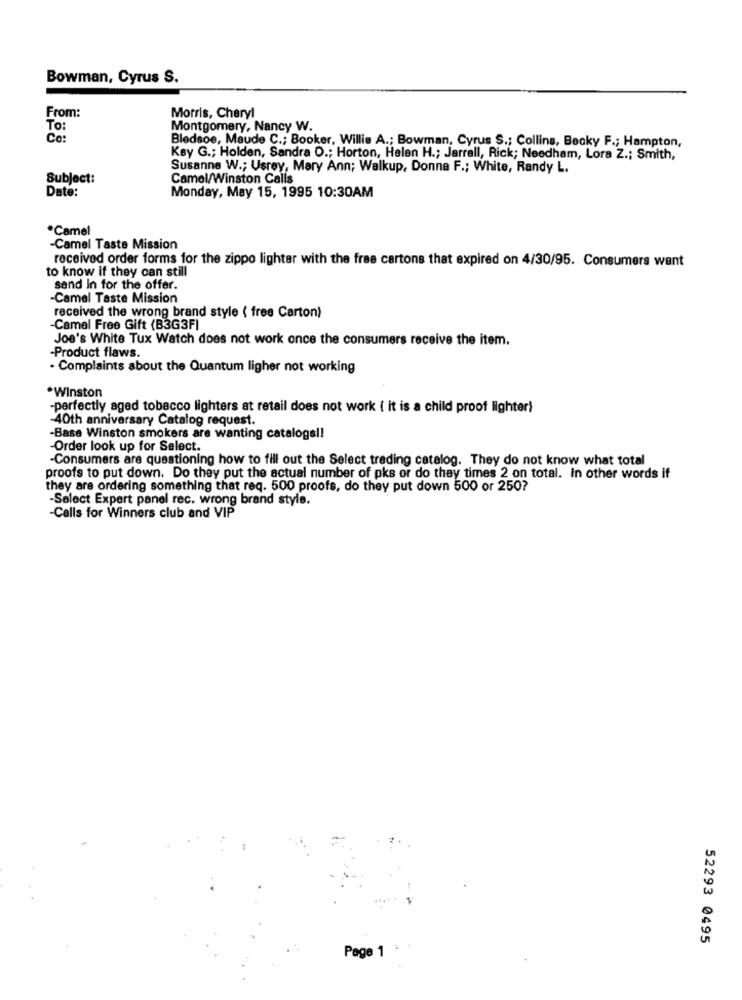
Bowman, Cyrus S.
From:
Morris, Cheryl
To:
Montgomery, Nancy W.
Co:
Bledsoe, Maude C .; Booker, Willie A .; Bowman, Cyrus S .; Collins, Becky F .; Hampton,
Key G .; Holden, Sandra O .; Horton, Helen H .; Jarrell, Rick; Needham, Lora Z .; Smith,
Susanne W .; Usrey, Mary Ann; Walkup, Donne F .; White, Randy L.
Subject:
Camel/Winston Calls
Date:
Monday, May 15, 1995 10:30AM
*Camel
-Camel Taste Mission
received order forms for the zippo lighter with the free cartons that expired on 4/30/95. Consumers want
to know if they can still
sand In for the offer.
-Camel Taste Mission
received the wrong brand style ( free Carton)
Camel Free Gift (B3G3F]
Joe's White Tux Watch does not work once the consumers receive the item.
-Product flaws.
. Complaints about the Quantum ligher not working
.Winston
-perfectly aged tobacco lighters at retail does not work ( it is a child proof lighter)
-40th anniversary Catalog request.
-Base Winston smokers are wanting catalogs !!
-Order look up for Select.
-Consumers are questioning how to fill out the Select trading catalog. They do not know what total
proofs to put down. Do they put the actual number of pks or do they times 2 on total. in other words if
they are ordering something that req. 500 proofs, do they put down 500 or 250?
-Select Expert panel rec. wrong brand style.
-Calls for Winners club and VIP
52293 0495
Page 1 .